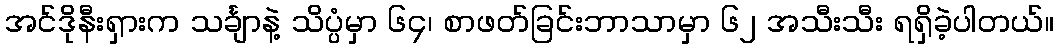
အင်ဒိုနီးရှားက သင်္ချာနဲ့ သိပ္ပံမှာ ၆၄၊ စာဖတ်ခြင်းဘာသာမှာ ၆၂ အသီးသီး ရရှိခဲ့ပါတယ်။